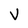
Character: V